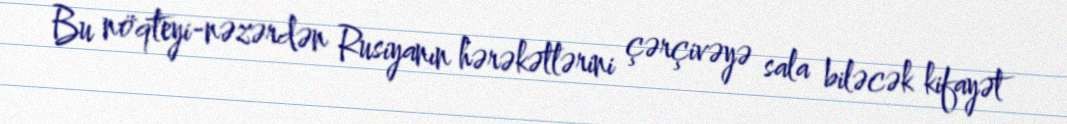
Bu nöqteyi-nəzərdən Rusiyanın hərəkətlərini çərçivəyə sala biləcək kifayət